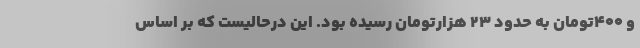
و ۴۰۰تومان به حدود ۲۳ هزارتومان رسیده بود. این درحالیست که بر اساس